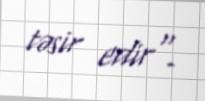
təsir edir".